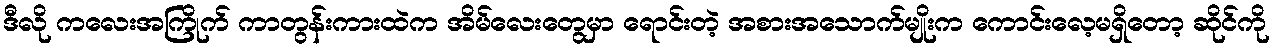
ဒီလို ကလေးအကြိုက် ကာတွန်းကားထဲက အိမ်လေးတွေမှာ ရောင်းတဲ့ အစားအသောက်မျိုးက ကောင်းလေ့မရှိတော့ ဆိုင်ကို